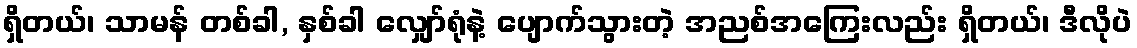
ရှိတယ်၊ သာမန် တစ်ခါ, နှစ်ခါ လျှော်ရုံနဲ့ ပျောက်သွားတဲ့ အညစ်အကြေးလည်း ရှိတယ်၊ ဒီလိုပဲ